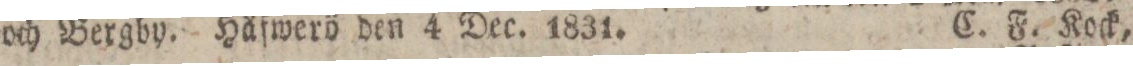
och Bergby. Häfwerö den 4 Dec. 1831.    C. F. Kock,